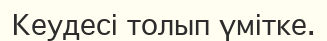
Кеудесі толып үмітке.